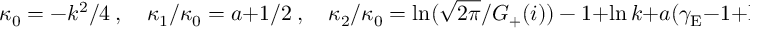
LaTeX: \kappa _ { 0 } = - k ^ { 2 } / 4 \ , \quad \kappa _ { 1 } / \kappa _ { 0 } = a + 1 / 2 \ , \quad { \kappa _ { 2 } / \kappa _ { 0 } = \ln ( \sqrt { 2 \pi } / G _ { + } ( i ) ) - 1 } + \ln k + a ( \gamma _ { \mathrm { E } } - 1 + \ln 8 ) - b \ .